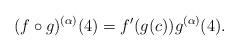
LaTeX: \begin{align*}(f\circ g)^{(\alpha)}(4)=f'(g(c))g^{(\alpha)}(4).\end{align*}